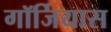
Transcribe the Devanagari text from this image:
गॉर्जियास